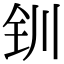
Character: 钏